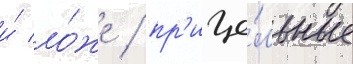
и́ ло́же / пр'ице́льные